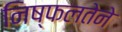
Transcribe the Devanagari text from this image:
निष्फलतेने